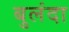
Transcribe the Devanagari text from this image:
बुलंदा